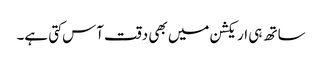
ساتھ ہی اریکشن میں بھی دقت آس کتی ہے۔